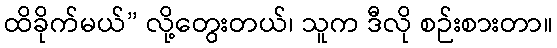
ထိခိုက်မယ်” လို့တွေးတယ်၊ သူက ဒီလို စဉ်းစားတာ။